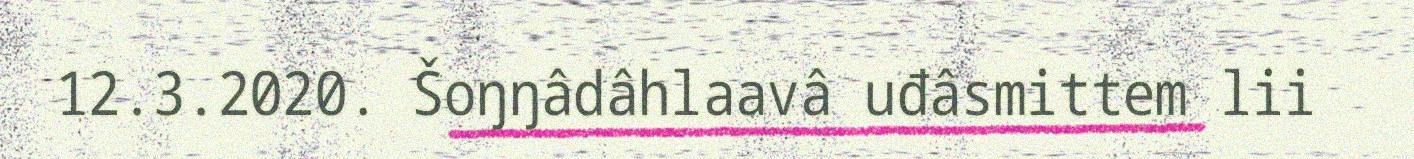
12.3.2020. Šoŋŋâdâhlaavâ uđâsmittem lii